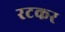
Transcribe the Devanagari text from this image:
रटकर